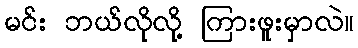
မင်း ဘယ်လိုလို့ ကြားဖူးမှာလဲ။